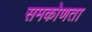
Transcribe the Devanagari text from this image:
समकोणता